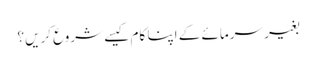
بغیر سرمائے کے اپنا کام کیسے شروع کریں؟